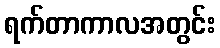
ရက်တာကာလအတွင်း